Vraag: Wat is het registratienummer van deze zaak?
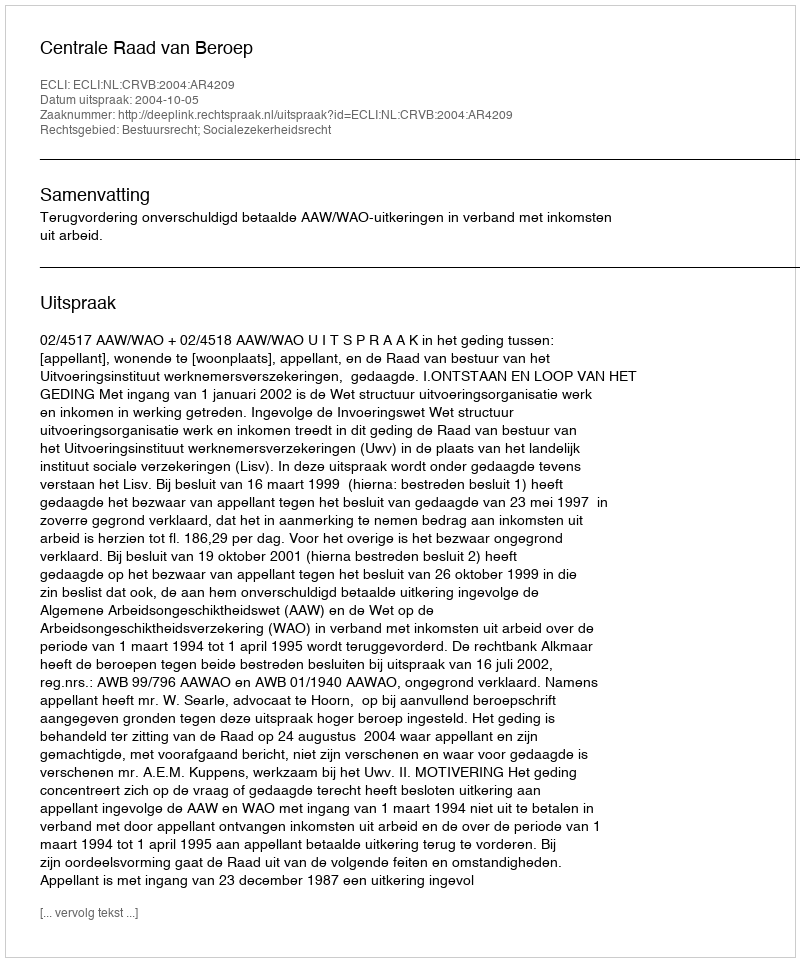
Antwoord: http://deeplink.rechtspraak.nl/uitspraak?id=ECLI:NL:CRVB:2004:AR4209